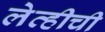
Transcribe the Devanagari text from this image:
लेव्हीची